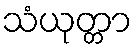
သံယုတ္တာ